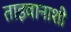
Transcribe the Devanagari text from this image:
ताइवानाशी